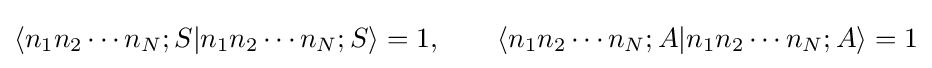
\langle n_{1}n_{2}\cdots n_{N};S|n_{1}n_{2}\cdots n_{N};S\rangle =1,\qquad \langle n_{1}n_{2}\cdots n_{N};A|n_{1}n_{2}\cdots n_{N};A\rangle =1